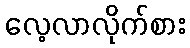
လေ့လာလိုက်စား